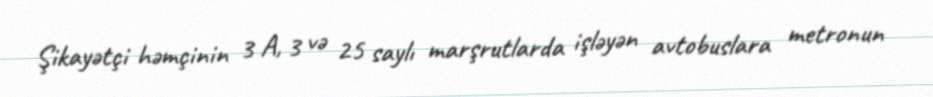
Şikayətçi həmçinin 3 A, 3 və 25 saylı marşrutlarda işləyən avtobuslara metronun